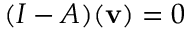
( I - A ) ( \mathbf { v } ) = 0